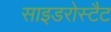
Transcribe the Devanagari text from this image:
साइडरोस्टैट